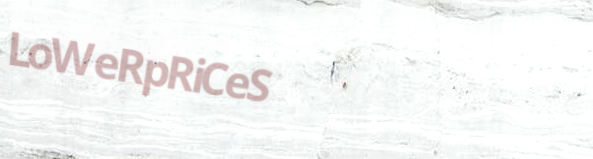
LoWeRpRiCeS